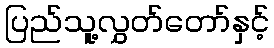
ပြည်သူ့လွှတ်တော်နှင့်